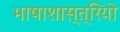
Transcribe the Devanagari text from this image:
भाषाशास्त्रियो